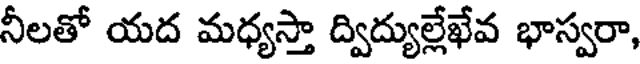
నీలతో యద మధ్యస్తా ద్విద్యుల్లేఖేవ భాస్వరా,